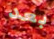
بعد